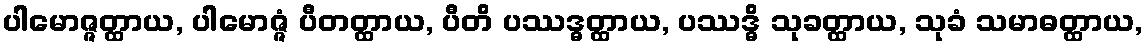
ပါမောဇ္ဇတ္ထာယ, ပါမောဇ္ဇံ ပီတတ္ထာယ, ပီတိ ပဿဒ္ဓတ္ထာယ, ပဿဒ္ဓိ သုခတ္ထာယ, သုခံ သမာဓတ္ထာယ,